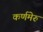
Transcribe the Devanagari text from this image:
कर्णमेरु